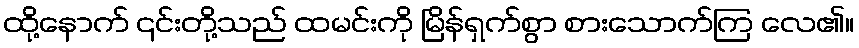
ထို့နောက် ၎င်းတို့သည် ထမင်းကို မြိန်ရှက်စွာ စားသောက်ကြ လေ၏။